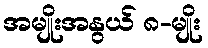
အမျိုးအနွယ် ၈-မျိုး